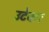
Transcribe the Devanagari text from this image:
उटेकर